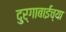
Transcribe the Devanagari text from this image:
दुर्गाबाईच्या